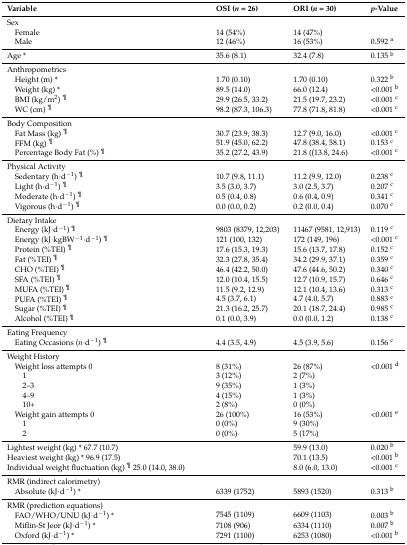
<table><thead><tr><td><b>Variable</b></td><td><b>OSI (<i>n</i> = 26)</b></td><td><b>ORI (<i>n</i> = 30)</b></td><td><b><i>p</i>-Value</b></td></tr></thead><tbody><tr><td>Sex</td><td></td><td></td><td></td></tr><tr><td> Female</td><td>14 (54%)</td><td>14 (47%)</td><td></td></tr><tr><td> Male</td><td>12 (46%)</td><td>16 (53%)</td><td>0.592 <sup>a</sup></td></tr><tr><td>Age *</td><td>35.6 (8.1)</td><td>32.4 (7.8)</td><td>0.135 <sup>b</sup></td></tr><tr><td>Anthropometrics</td><td></td><td></td><td></td></tr><tr><td> Height (m) *</td><td>1.70 (0.10)</td><td>1.70 (0.10)</td><td>0.322 <sup>b</sup></td></tr><tr><td> Weight (kg) *</td><td>89.5 (14.0)</td><td>66.0 (12.4)</td><td>&lt;0.001 <sup>b</sup></td></tr><tr><td> BMI (kg/m<sup>2</sup>) <sup>¶</sup></td><td>29.9 (26.5, 33.2)</td><td>21.5 (19.7, 23.2)</td><td>&lt;0.001 <sup>c</sup></td></tr><tr><td> WC (cm) <sup>¶</sup></td><td>98.2 (87.3, 106.3)</td><td>77.8 (71.8, 81.8)</td><td>&lt;0.001 <sup>c</sup></td></tr><tr><td>Body Composition</td><td></td><td></td><td></td></tr><tr><td> Fat Mass (kg) <sup>¶</sup></td><td>30.7 (23.9, 38.3)</td><td>12.7 (9.0, 16.0)</td><td>&lt;0.001 <sup>c</sup></td></tr><tr><td> FFM (kg) <sup>¶</sup></td><td>51.9 (45.0, 62.2)</td><td>47.8 (38.4, 58.1)</td><td>0.153 <sup>c</sup></td></tr><tr><td> Percentage Body Fat (%) <sup>¶</sup></td><td>35.2 (27.2, 43.9)</td><td>21.8 ((13.8, 24.6)</td><td>&lt;0.001 <sup>c</sup></td></tr><tr><td>Physical Activity</td><td></td><td></td><td></td></tr><tr><td> Sedentary (h·d<sup>−1</sup>) <sup>¶</sup></td><td>10.7 (9.8, 11.1)</td><td>11.2 (9.9, 12.0)</td><td>0.238 <sup>c</sup></td></tr><tr><td> Light (h·d<sup>−1</sup>) <sup>¶</sup></td><td>3.5 (3.0, 3.7)</td><td>3.0 (2.5, 3.7)</td><td>0.207 <sup>c</sup></td></tr><tr><td> Moderate (h·d<sup>−1</sup>) <sup>¶</sup></td><td>0.5 (0.4, 0.8)</td><td>0.6 (0.4, 0.9)</td><td>0.341 <sup>c</sup></td></tr><tr><td> Vigorous (h·d<sup>−1</sup>) <sup>¶</sup></td><td>0.0 (0.0, 0.2)</td><td>0.2 (0.0, 0.4)</td><td>0.070 <sup>c</sup></td></tr><tr><td>Dietary Intake</td><td></td><td></td><td></td></tr><tr><td> Energy (kJ·d<sup>−1</sup>) <sup>¶</sup></td><td>9803 (8379, 12,203)</td><td>11467 (9581, 12,913)</td><td>0.119 <sup>c</sup></td></tr><tr><td> Energy (kJ·kgBW<sup>−1</sup>·d<sup>−1</sup>) <sup>¶</sup></td><td>121 (100, 132)</td><td>172 (149, 196)</td><td>&lt;0.001 <sup>c</sup></td></tr><tr><td> Protein (%TEI) <sup>¶</sup></td><td>17.6 (15.3, 19.3)</td><td>15.6 (13.7, 17.8)</td><td>0.152 <sup>c</sup></td></tr><tr><td> Fat (%TEI) <sup>¶</sup></td><td>32.3 (27.8, 35.4)</td><td>34.2 (29.9, 37.1)</td><td>0.359 <sup>c</sup></td></tr><tr><td> CHO (%TEI) <sup>¶</sup></td><td>46.4 (42.2, 50.0)</td><td>47.6 (44.6, 50.2)</td><td>0.340 <sup>c</sup></td></tr><tr><td> SFA (%TEI) <sup>¶</sup></td><td>12.0 (10.4, 15.5)</td><td>12.7 (10.9, 15.7)</td><td>0.646 <sup>c</sup></td></tr><tr><td> MUFA (%TEI) <sup>¶</sup></td><td>11.5 (9.2, 12.9)</td><td>12.1 (10.4, 13.6)</td><td>0.313 <sup>c</sup></td></tr><tr><td> PUFA (%TEI) <sup>¶</sup></td><td>4.5 (3.7, 6.1)</td><td>4.7 (4.0, 5.7)</td><td>0.883 <sup>c</sup></td></tr><tr><td> Sugar (%TEI) <sup>¶</sup></td><td>21.3 (16.2, 25.7)</td><td>20.1 (18.7, 24.4)</td><td>0.985 <sup>c</sup></td></tr><tr><td> Alcohol (%TEI) <sup>¶</sup></td><td>0.1 (0.0, 3.9)</td><td>0.0 (0.0, 1.2)</td><td>0.138 <sup>c</sup></td></tr><tr><td>Eating Frequency</td><td></td><td></td><td></td></tr><tr><td> Eating Occasions (<i>n</i>·d<sup>−1</sup>) <sup>¶</sup></td><td>4.4 (3.5, 4.9)</td><td>4.5 (3.9, 5.6)</td><td>0.156 <sup>c</sup></td></tr><tr><td>Weight History</td><td></td><td></td><td></td></tr><tr><td> Weight loss attempts 0</td><td>8 (31%)</td><td>26 (87%)</td><td>&lt;0.001 <sup>d</sup></td></tr><tr><td>1</td><td>3 (12%)</td><td>2 (7%)</td><td></td></tr><tr><td>2–3</td><td>9 (35%)</td><td>1 (3%)</td><td></td></tr><tr><td>4–9</td><td>4 (15%)</td><td>1 (3%)</td><td></td></tr><tr><td>10+</td><td>2 (8%)</td><td>0 (0%)</td><td></td></tr><tr><td> Weight gain attempts 0</td><td>26 (100%)</td><td>16 (53%)</td><td>&lt;0.001 <sup>e</sup></td></tr><tr><td>1</td><td>0 (0%)</td><td>9 (30%)</td><td></td></tr><tr><td>2</td><td>0 (0%)</td><td>5 (17%)</td><td></td></tr><tr><td colspan="2">Lightest weight (kg) * 67.7 (10.7) </td><td>59.9 (13.0)</td><td>0.020 <sup>b</sup></td></tr><tr><td colspan="2">Heaviest weight (kg) * 96.9 (17.5) </td><td>70.1 (13.5)</td><td>&lt;0.001 <sup>b</sup></td></tr><tr><td colspan="2">Individual weight fluctuation (kg) <sup>¶</sup> 25.0 (14.0, 38.0)</td><td>8.0 (6.0, 13.0)</td><td>&lt;0.001 <sup>c</sup></td></tr><tr><td colspan="2">RMR (indirect calorimetry)</td><td></td><td></td></tr><tr><td> Absolute (kJ·d<sup>−1</sup>) *</td><td>6339 (1752)</td><td>5893 (1520)</td><td>0.313 <sup>b</sup></td></tr><tr><td colspan="4">RMR (prediction equations)</td></tr><tr><td> FAO/WHO/UNU (kJ·d<sup>−1</sup>) *</td><td>7545 (1109)</td><td>6609 (1103)</td><td>0.003 <sup>b</sup></td></tr><tr><td> Miflin-St Jeor (kJ·d<sup>−1</sup>) *</td><td>7108 (906)</td><td>6334 (1110)</td><td>0.007 <sup>b</sup></td></tr><tr><td> Oxford (kJ·d<sup>−1</sup>) *</td><td>7291 (1100)</td><td>6253 (1080)</td><td>&lt;0.001 <sup>b</sup></td></tr></tbody></table>